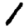
Digit: 1